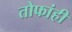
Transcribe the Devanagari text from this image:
तोफांही